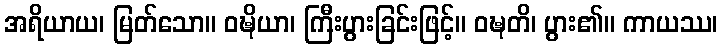
အရိယာယ၊ မြတ်သော။ ဝဍ္ဎိယာ၊ ကြီးပွားခြင်းဖြင့်။ ဝဍ္ဎတိ၊ ပွား၏။ ကာယဿ၊